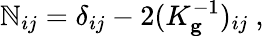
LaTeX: \mathbb{N}_{ij}=\delta_{ij}-2(K_{\mathbf{{g}}}^{-1})_{ij}~,